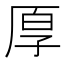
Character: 𫝗